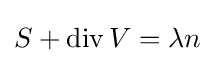
S+\operatorname {div} V=\lambda n